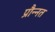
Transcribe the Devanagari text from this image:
प्रौन्‍नत